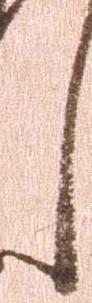
し